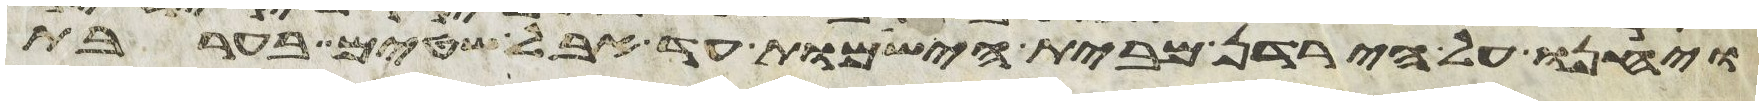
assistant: ויחנו על הירדן מבית הישמות עד אבל שטים בערבת